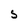
Character: s